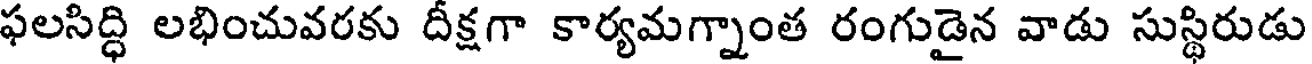
ఫలసిద్ధి లభించువరకు దీక్షగా కార్యమగ్నాంత రంగుడైన వాడు సుస్థిరుడు